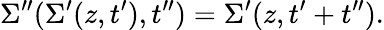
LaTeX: \Sigma^{\prime\prime}(\Sigma^{\prime}(z,t^{\prime}),t^{\prime\prime})=\Sigma^{\prime}(z,t^{\prime}+t^{\prime\prime}).